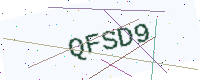
Text: QFSD9